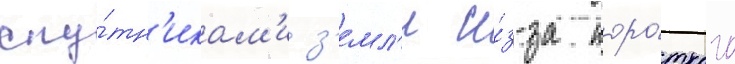
спу́тн'икам'и з'емл'и и́з-за коро́ткого